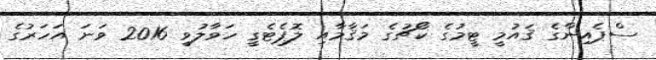
ސްޕެއިންގެ ޤައުމީ ޓީމުގެ ކޯޗުގެ މަޤާމާއި ލޮޕެޓެގީ ހަވާލުވީ 2016 ވަނަ އަހަރުގެ